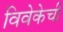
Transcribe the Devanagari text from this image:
विवेकेची